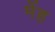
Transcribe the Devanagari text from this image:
मेंह